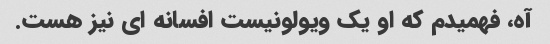
آه، فهمیدم که او یک ویولونیست افسانه ای نیز هست.